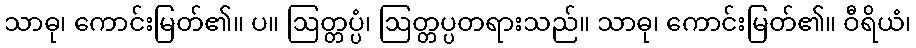
သာဓု၊ ကောင်းမြတ်၏။ ပ။ ဩတ္တပ္ပံ၊ ဩတ္တပ္ပတရားသည်။ သာဓု၊ ကောင်းမြတ်၏။ ဝီရိယံ၊